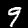
Label: 9